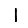
Digit: 1